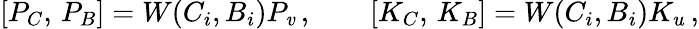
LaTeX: {}[P_{C},\, P_{B}]=W(C_{i},B_{i})P_{\mathit{v}}\, ,\qquad[K_{C},\, K_{B}]=W(C_{i},B_{i})K_{u}\, ,